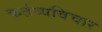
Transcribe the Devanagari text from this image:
कर्तव्यविचार